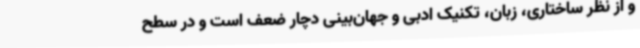
و از نظر ساختاری، زبان، تکنیک ادبی و جهان‌بینی دچار ضعف است و در سطح